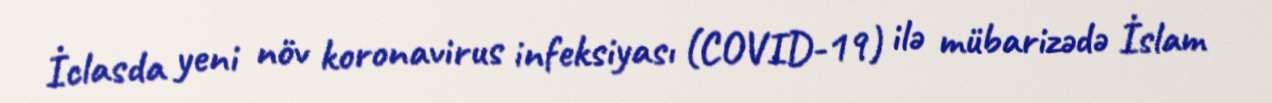
İclasda yeni növ koronavirus infeksiyası (COVID-19) ilə mübarizədə İslam